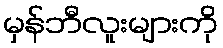
မှန်ဘီလူးများကို